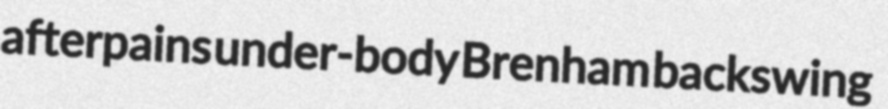
afterpains under-body Brenham backswing